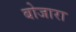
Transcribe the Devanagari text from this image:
बोजारा